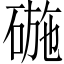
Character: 𮵗